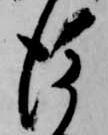
後